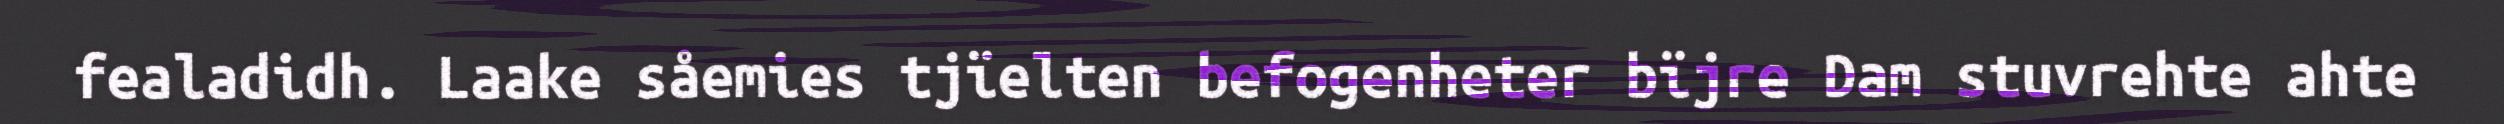
fealadidh. Laake såemies tjïelten befogenheter bïjre Dam stuvrehte ahte